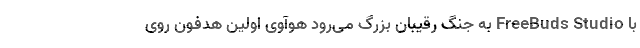
با FreeBuds Studio به جنگ رقیبان بزرگ می‌رود هوآوی اولین هدفون روی